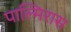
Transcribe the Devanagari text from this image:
पाल्मिरास